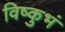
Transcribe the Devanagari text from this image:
विष्कुभं